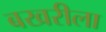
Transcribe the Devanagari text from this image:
बखरीला